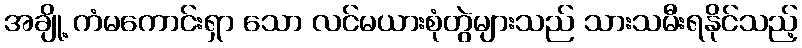
အချို့ ကံမကောင်းရှာ သော လင်မယားစုံတွဲများသည် သားသမီးရနိုင်သည့်